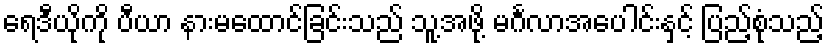
ရေဒီယိုကို ပီယာ နားမထောင်ခြင်းသည် သူ့အဖို့ မင်္ဂလာအပေါင်းနှင့် ပြည့်စုံသည့်